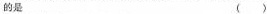
的是（）